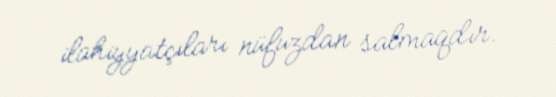
ilahiyyatçıları nüfuzdan salmaqdır.